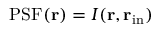
\mathrm { P S F } ( { \bf r } ) = I ( { \bf r } , { \bf r } _ { \mathrm { i n } } )